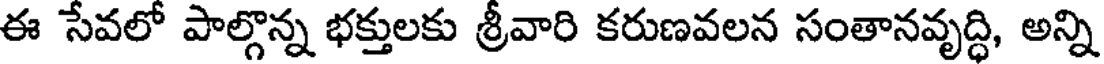
ఈ సేవలో పాల్గొన్న భక్తులకు శ్రీవారి కరుణవలన సంతానవృద్ధి, అన్ని